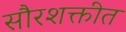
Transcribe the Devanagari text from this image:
सौरशक्तीत